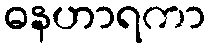
ဓနဟာရကာ